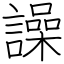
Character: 譟